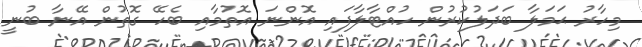
މިހާރު ޙަމަލާ ބަދަލުކުރުން ހުއްޓާލާފައި އޮންނަ އޮތުމާއި ބެހޭ ގޮތުން އޭނާ ބުނީ